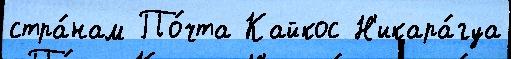
стра́нам По́чта Кайкос Н'икара́гуа